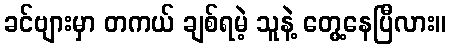
ခင်ဗျားမှာ တကယ် ချစ်ရမဲ့ သူနဲ့ တွေ့နေပြီလား။